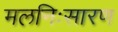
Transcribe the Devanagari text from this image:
मलनिःसारण